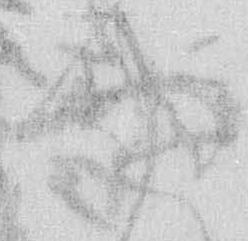
や